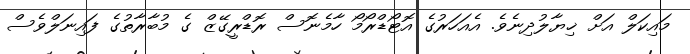
މައިކަލް އަށް ޚިޔާލުދިނެވެ. އެއަހަރުގެ އޮޓޯޑްރޯމޯ ހާމެނޮސް ރޮޑްރީގޭޒް ގެ މުބާރާތުގެ ފައިނަލްވެސް